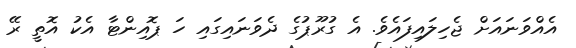
އެއްވަނައަށް ޖެހިލައިފައެވެ. އެ ގުރޫޕުގެ ދެވަނައިގައި ހަ ޕޮއިންޓާ އެކު އޮތީ ރޭ